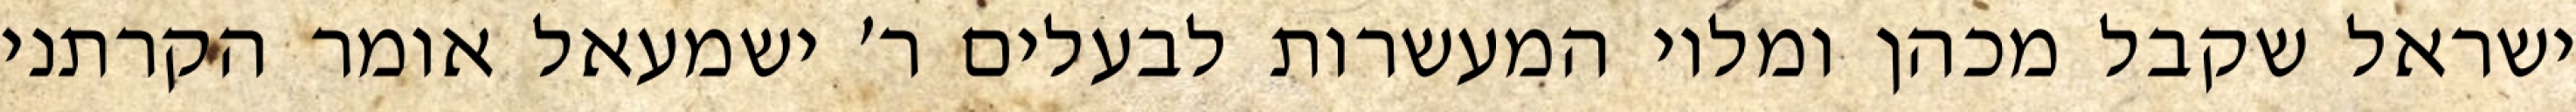
ישראל שקבל מכהן ומלוי המעשרות לבעלים ר׳ ישמעאל אומר הקרתני